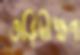
তড়িদ্বীক্ষণ